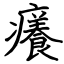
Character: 癢